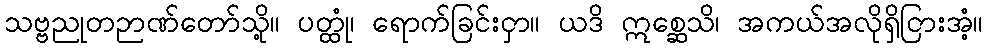
သဗ္ဗညုတဉာဏ်တော်သို့။ ပတ္ထုံ၊ ရောက်ခြင်းငှာ။ ယဒိ ဣစ္ဆေသိ၊ အကယ်အလိုရှိငြားအံ့။